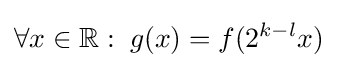
\forall x\in \mathbb {R} :\;g(x)=f(2^{k-l}x)